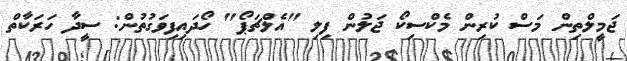
ޖަމީލްތިން މަސް ކުރިން މެކްސިކޯ ޖަލުން ފިލި "އެލްޗަޕޯ" ހޯދައިފިވަގުތުން: ސީދާ ހަރަކާތް